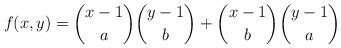
LaTeX: \begin{align*}f(x,y) = \binom{x-1}{a}\binom{y-1}{b} + \binom{x-1}{b}\binom{y-1}{a}\end{align*}